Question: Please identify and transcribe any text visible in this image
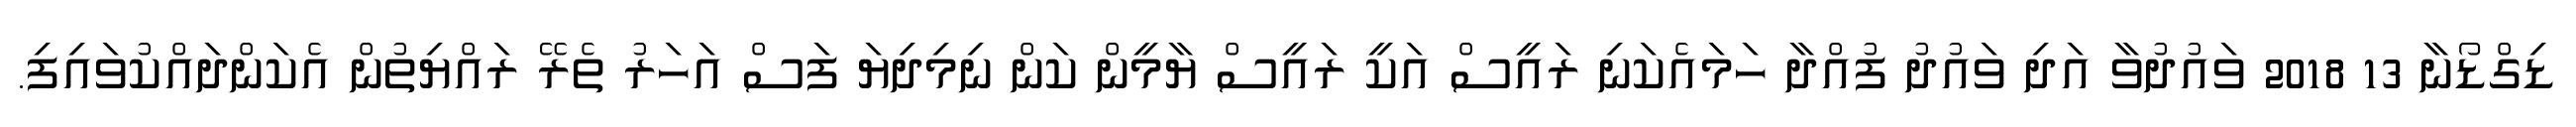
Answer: ޑިގްޑޯނާ 13 2018 ވައުދުވާ އަދި ވައުދު ފުއްދާ ހަމައެކަނި ރައީސް އަކީ ރައީސް ޔާމީން ކަން ނިމިދިޔަ ފަސް އަހަރު ތެރޭ ރައްޔިތުން އެކަންދައްކުވައިފި.